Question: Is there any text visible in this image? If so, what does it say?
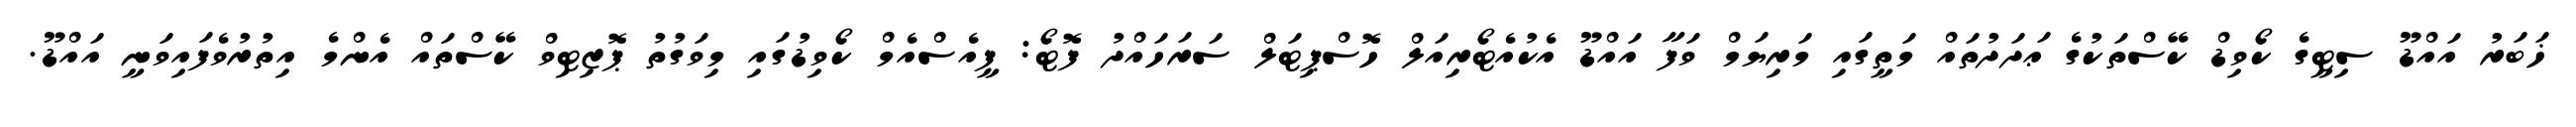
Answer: ޚަބަރު އައްޑޫ ސިޓީގެ ކޯވިޑް ކޭސްތަކުގެ ޢަދަދުތައް މަތީގައި މަރިޔަމް ވަފާ އައްޑޫ އެކުއެޓޯރިއަލް ހޮސްޕިޓަލް ސަރަހައްދު ފޮޓޯ: ޕީއެސްއެމް ކޯވިޑުގައި މިވަގުތު ޕޮޒިޓިވް ކޭސްތައް އެންމެ އިތުރުވެފައިވަނީ އައްޑޫ.